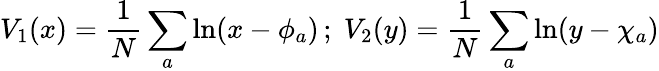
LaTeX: V_{1}(x)=\frac{1}{N}\sum_{a}\ln(x-\phi_{a})\, ;\; V_{2}(y)=\frac{1}{N}\sum_{a}\ln(y-\chi_{a})